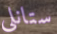
ستانلى